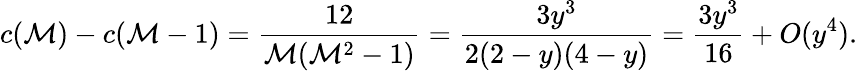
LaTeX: c(\mathcal{M})-c(\mathcal{M}-1)=\frac{{12}}{{\mathcal{M}(\mathcal{M}^{2}-1)}}=\frac{{3y^{3}}}{{2(2-y)(4-y)}}=\frac{{3y^{3}}}{{16}}+O(y^{4}).